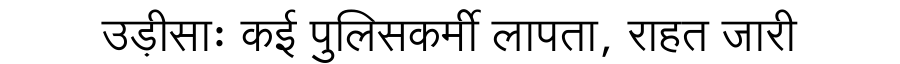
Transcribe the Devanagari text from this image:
उड़ीसाः कई पुलिसकर्मी लापता, राहत जारी